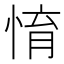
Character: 㥔